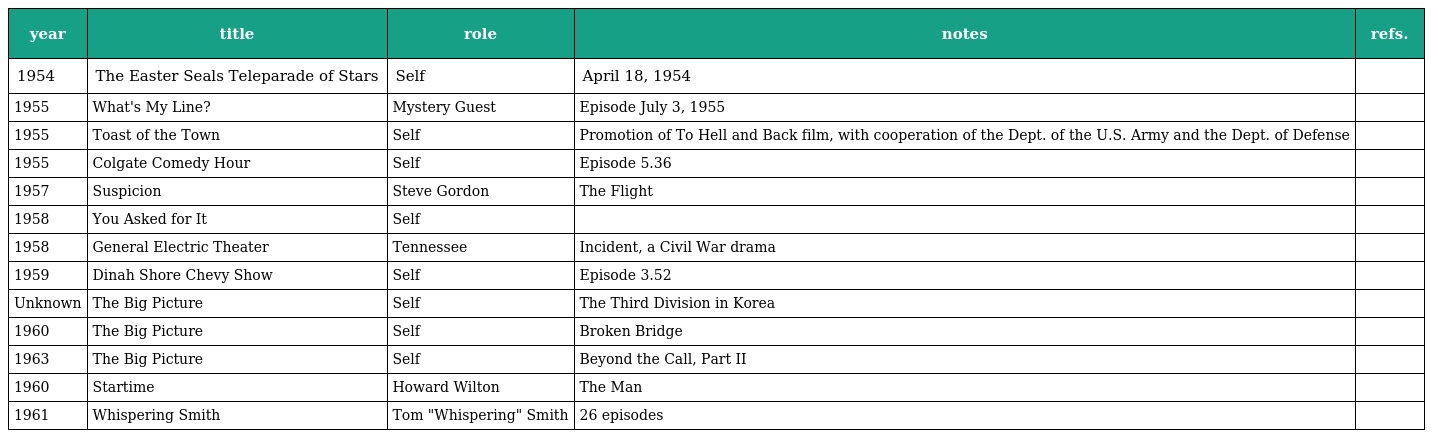
| year | title | role | notes | refs. |
 | --- | --- | --- | --- | --- |
 | 1954 | The Easter Seals Teleparade of Stars | Self | April 18, 1954 |  |
 | 1955 | What's My Line? | Mystery Guest | Episode July 3, 1955 |  |
 | 1955 | Toast of the Town | Self | Promotion of To Hell and Back film, with cooperation of the Dept. of the U.S. Army and the Dept. of Defense |  |
 | 1955 | Colgate Comedy Hour | Self | Episode 5.36 |  |
 | 1957 | Suspicion | Steve Gordon | The Flight |  |
 | 1958 | You Asked for It | Self |  |  |
 | 1958 | General Electric Theater | Tennessee | Incident, a Civil War drama |  |
 | 1959 | Dinah Shore Chevy Show | Self | Episode 3.52 |  |
 | Unknown | The Big Picture | Self | The Third Division in Korea |  |
 | 1960 | The Big Picture | Self | Broken Bridge |  |
 | 1963 | The Big Picture | Self | Beyond the Call, Part II |  |
 | 1960 | Startime | Howard Wilton | The Man |  |
 | 1961 | Whispering Smith | Tom "Whispering" Smith | 26 episodes |  |